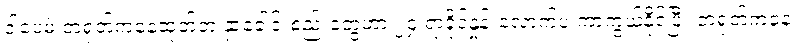
ဒါပေမဲ့ တရုတ်ကနေထုတ်တဲ့ နှာခေါင်းစည်းတွေဟာ ၂၄ ရာခိုင်နှုန်းလောက်ပဲ ကာကွယ်နိုင်ပြီး တရုတ်ကနေ